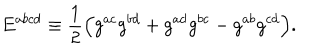
E ^ { a b c d } \equiv { \frac { 1 } { 2 } } \Bigr ( g ^ { a c } g ^ { b d } + g ^ { a d } g ^ { b c } - g ^ { a b } g ^ { c d } \Bigr ) .